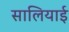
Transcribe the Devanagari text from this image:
सालियाई